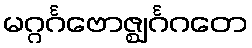
မဂ္ဂင်္ဂဗောဇ္ဈင်္ဂဂတေ